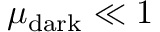
\mu _ { \mathrm { d a r k } } \ll 1